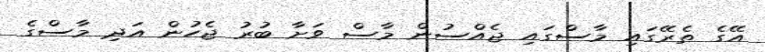
އޭގެ ތެރޭގައި މާސްގައި ޖެއްސުން މާސް ވަށާ ބުރު ޖެހުން އަދި މާސްގެ